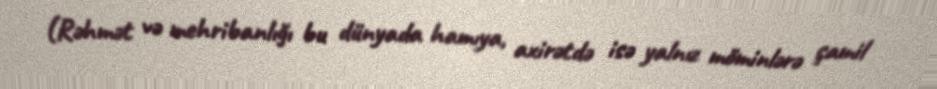
(Rəhmət və mehribanlığı bu dünyada hamıya, axirətdə isə yalnız möminlərə şamil